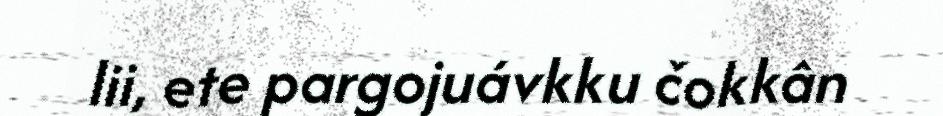
lii, ete pargojuávkku čokkân